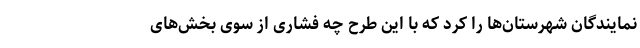
نمایندگان شهرستان‌ها را کرد که با این طرح چه فشاری از سوی بخش‌های